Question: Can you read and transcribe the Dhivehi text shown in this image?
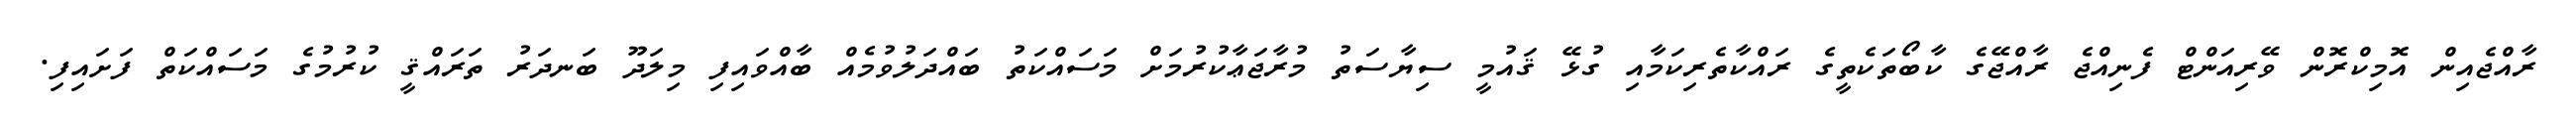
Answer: ރާއްޖެއިން އޮމިކްރޮން ވޭރިއަންޓް ފެނިއްޖެ ރާއްޖޭގެ ކާބޯތަކެތީގެ ރައްކާތެރިކަމާއި ގުޅޭ ޤައުމީ ސިޔާސަތު މުރާޖަޢާކުރުމަށް މަސައްކަތު ބައްދަލުވުމެއް ބާއްވައިފި މިލަދޫ ބަނދަރު ތަރައްޤީ ކުރުމުގެ މަސައްކަތް ފަށައިފި.